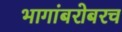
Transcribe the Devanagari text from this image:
भागांबरोबरच